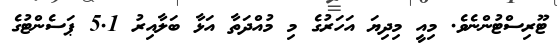
ޓޫރިސްޓުންނެވެ. މިއީ މިދިޔަ އަހަރުގެ މި މުއްދަތާ އަޅާ ބަލާއިރު 5.1 ޕަސެންޓުގެ